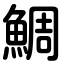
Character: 鯛